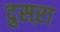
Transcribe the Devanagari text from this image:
दुसऱा